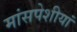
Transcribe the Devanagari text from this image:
मांसपेशीयां